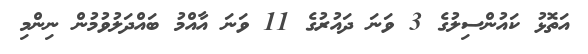
އަތޮޅު ކައުންސިލުގެ 3 ވަނަ ދައުރުގެ 11 ވަނަ އާއްމު ބައްދަލުވުމުން ނިންމި